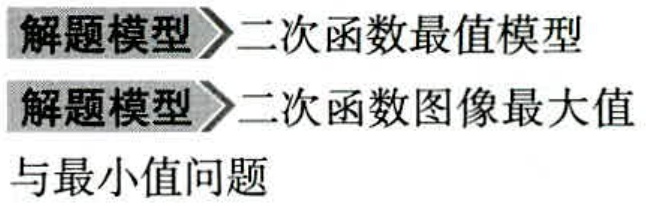
解题模型$\rightharpoonup$二次函数最值模型
解题模型$\rightharpoonup$二次函数图像最大值
与最小值问题